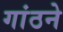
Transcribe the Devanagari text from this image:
गांठने